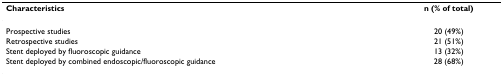
<table><thead><tr><td><b>Characteristics</b></td><td><b>n (% of total)</b></td></tr></thead><tbody><tr><td>Prospective studies</td><td>20 (49%)</td></tr><tr><td>Retrospective studies</td><td>21 (51%)</td></tr><tr><td>Stent deployed by fluoroscopic guidance</td><td>13 (32%)</td></tr><tr><td>Stent deployed by combined endoscopic/fluoroscopic guidance</td><td>28 (68%)</td></tr></tbody></table>